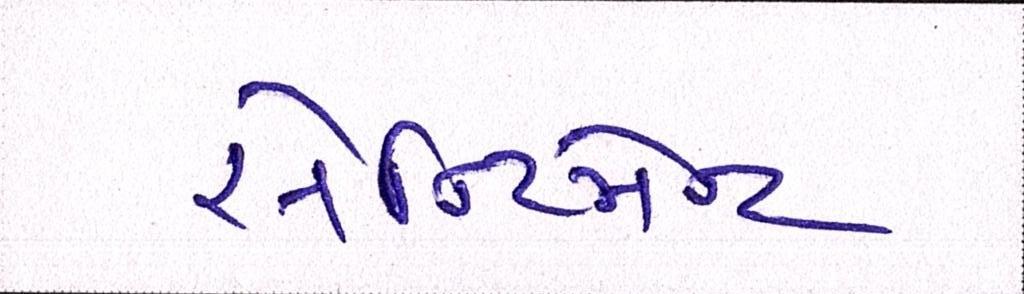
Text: સેન્ટિમેન્ટ